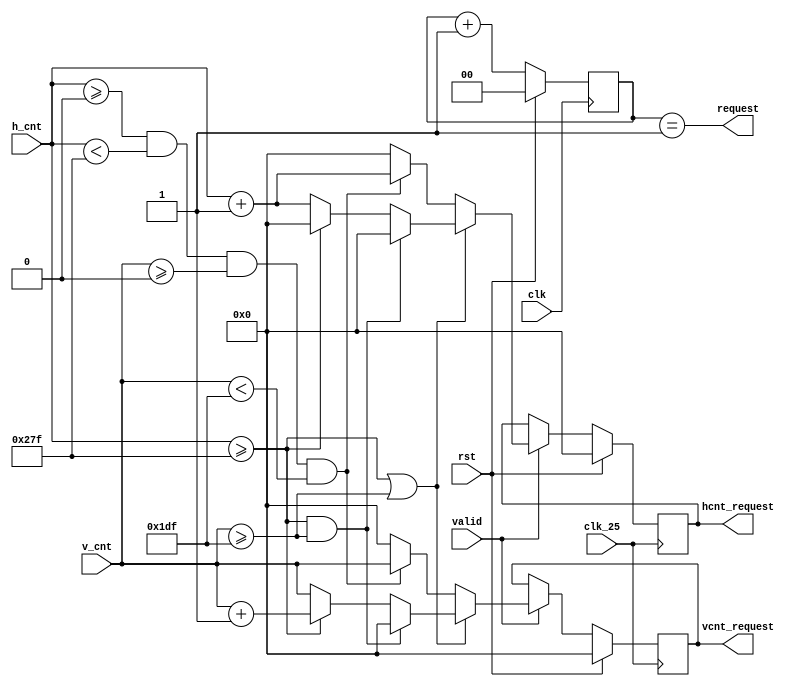
// Copyright (c) UnnamedOrange and Jack-Lyu. Licensed under the MIT License.
// See the LICENSE file in the repository root for full license text.

/// <projectname>mania-to-go</projectname>
/// <modulename>request_controller</modulename>
/// <filedescription>VGA Controller</filedescription>
/// <version>
/// 0.0.1 (Jack-Lyu) : VGAController
/// </version>

`timescale 1ns / 1ps

module request_controller // request
(
	input wire clk,
	input wire rst,
	input clk_25,//clk_25request
	input [9:0] h_cnt,//
	input [9:0] v_cnt,
	input valid, // 
	output [9:0] hcnt_request,
	output [9:0] vcnt_request,
	output request
);

	reg [9:0] HC;
	reg [9:0] VC;
	reg [1:0] REQ;

	always @(posedge clk) begin
		if(rst)
			REQ <= 0;
		else
			REQ <= REQ + 1;
	end

//    always @(*) begin
//    	n_REQ = REQ + 1;
//    	case(REQ)
//    		0: n_REQ = (clk_25==1) ? 1 : 0;
//    		1: n_REQ = 0;
//    		default: n_REQ = 0;
//    	endcase
//    end

	always @(posedge clk_25) begin
		if(rst) begin // rst25M
			HC <= 0 ;//h0~639
			VC <= 0 ; //v0~479
		end
		else if (valid) begin
			if(h_cnt >= 639 | v_cnt >= 479) begin
				if(h_cnt >= 639 & v_cnt >= 479) begin
					HC <= 0 ;
					VC <= 0 ;
				end
				else if(h_cnt >= 639) begin
					HC <= 0;
					VC <= v_cnt+1;
				end
				else begin
					HC <= h_cnt+1;
					VC <= v_cnt;
				end
			end
			else if(h_cnt>=0 & h_cnt<639 & v_cnt>=0 & v_cnt<479)begin
				HC <= h_cnt+1;
				VC <= v_cnt;
			end
			else begin
				HC = 0;
				VC = 0;
			end
		end
	end
	assign hcnt_request = HC;
	assign vcnt_request = VC;
	assign request = REQ == 2'b1;

endmodule